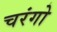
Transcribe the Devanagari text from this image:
चरंगो